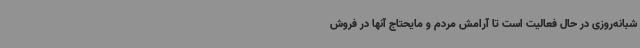
شبانه‌روزی در حال فعالیت است تا آرامش مردم و مایحتاج آنها در فروش